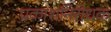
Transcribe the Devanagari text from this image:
प्रकाशनिरोधक